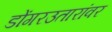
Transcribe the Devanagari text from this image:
डोंगरउतारांवर